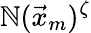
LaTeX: \mathbb{N}(\vec{{x}}_{m})^{\zeta}